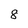
Character: 8